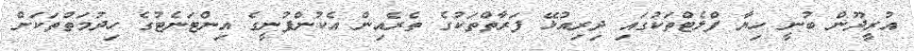
އުރީދޫން ބުނީ ހިޔާ ފްލެޓްތަކުގައި ދިރިއުޅޭ ފަރާތްތަކުގެ ތެރެއިން އެކުންފުނީގެ އިންޓަނެޓުގެ ހިދުމަތްތަކަށް